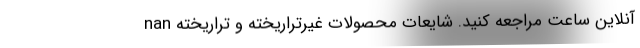
آنلاین ساعت مراجعه کنید. شایعات محصولات غیرتراریخته و تراریخته nan